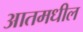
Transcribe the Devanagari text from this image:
आतमधील